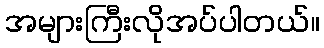
အများကြီးလိုအပ်ပါတယ်။